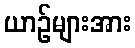
ယာဉ်များအား